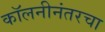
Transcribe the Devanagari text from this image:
कॉलनीनंतरचा